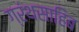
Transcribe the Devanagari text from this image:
ग्रंथसाहिब